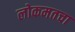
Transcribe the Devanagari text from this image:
लोकमतचा